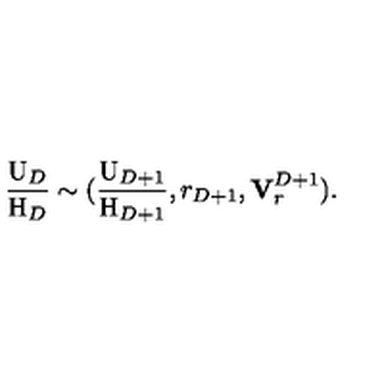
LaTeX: \frac { \mathrm { U } _ { D } } { \mathrm { H } _ { D } } \sim ( \frac { \mathrm { U } _ { D + 1 } } { \mathrm { H } _ { D + 1 } } , r _ { D + 1 } , { \bf V } _ { r } ^ { D + 1 } ) .